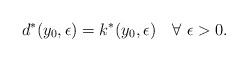
LaTeX: \begin{align*}d^*(y_0, \epsilon) = k^*(y_0, \epsilon)\ \ \ \forall \ \epsilon > 0.\end{align*}